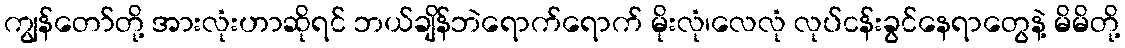
ကျွန်တော်တို့ အားလုံးဟာဆိုရင် ဘယ်ချိန်ဘဲရောက်ရောက် မိုးလုံ၊လေလုံ လုပ်ငန်းခွင်နေရာတွေနဲ့ မိမိတို့